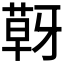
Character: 𮐍